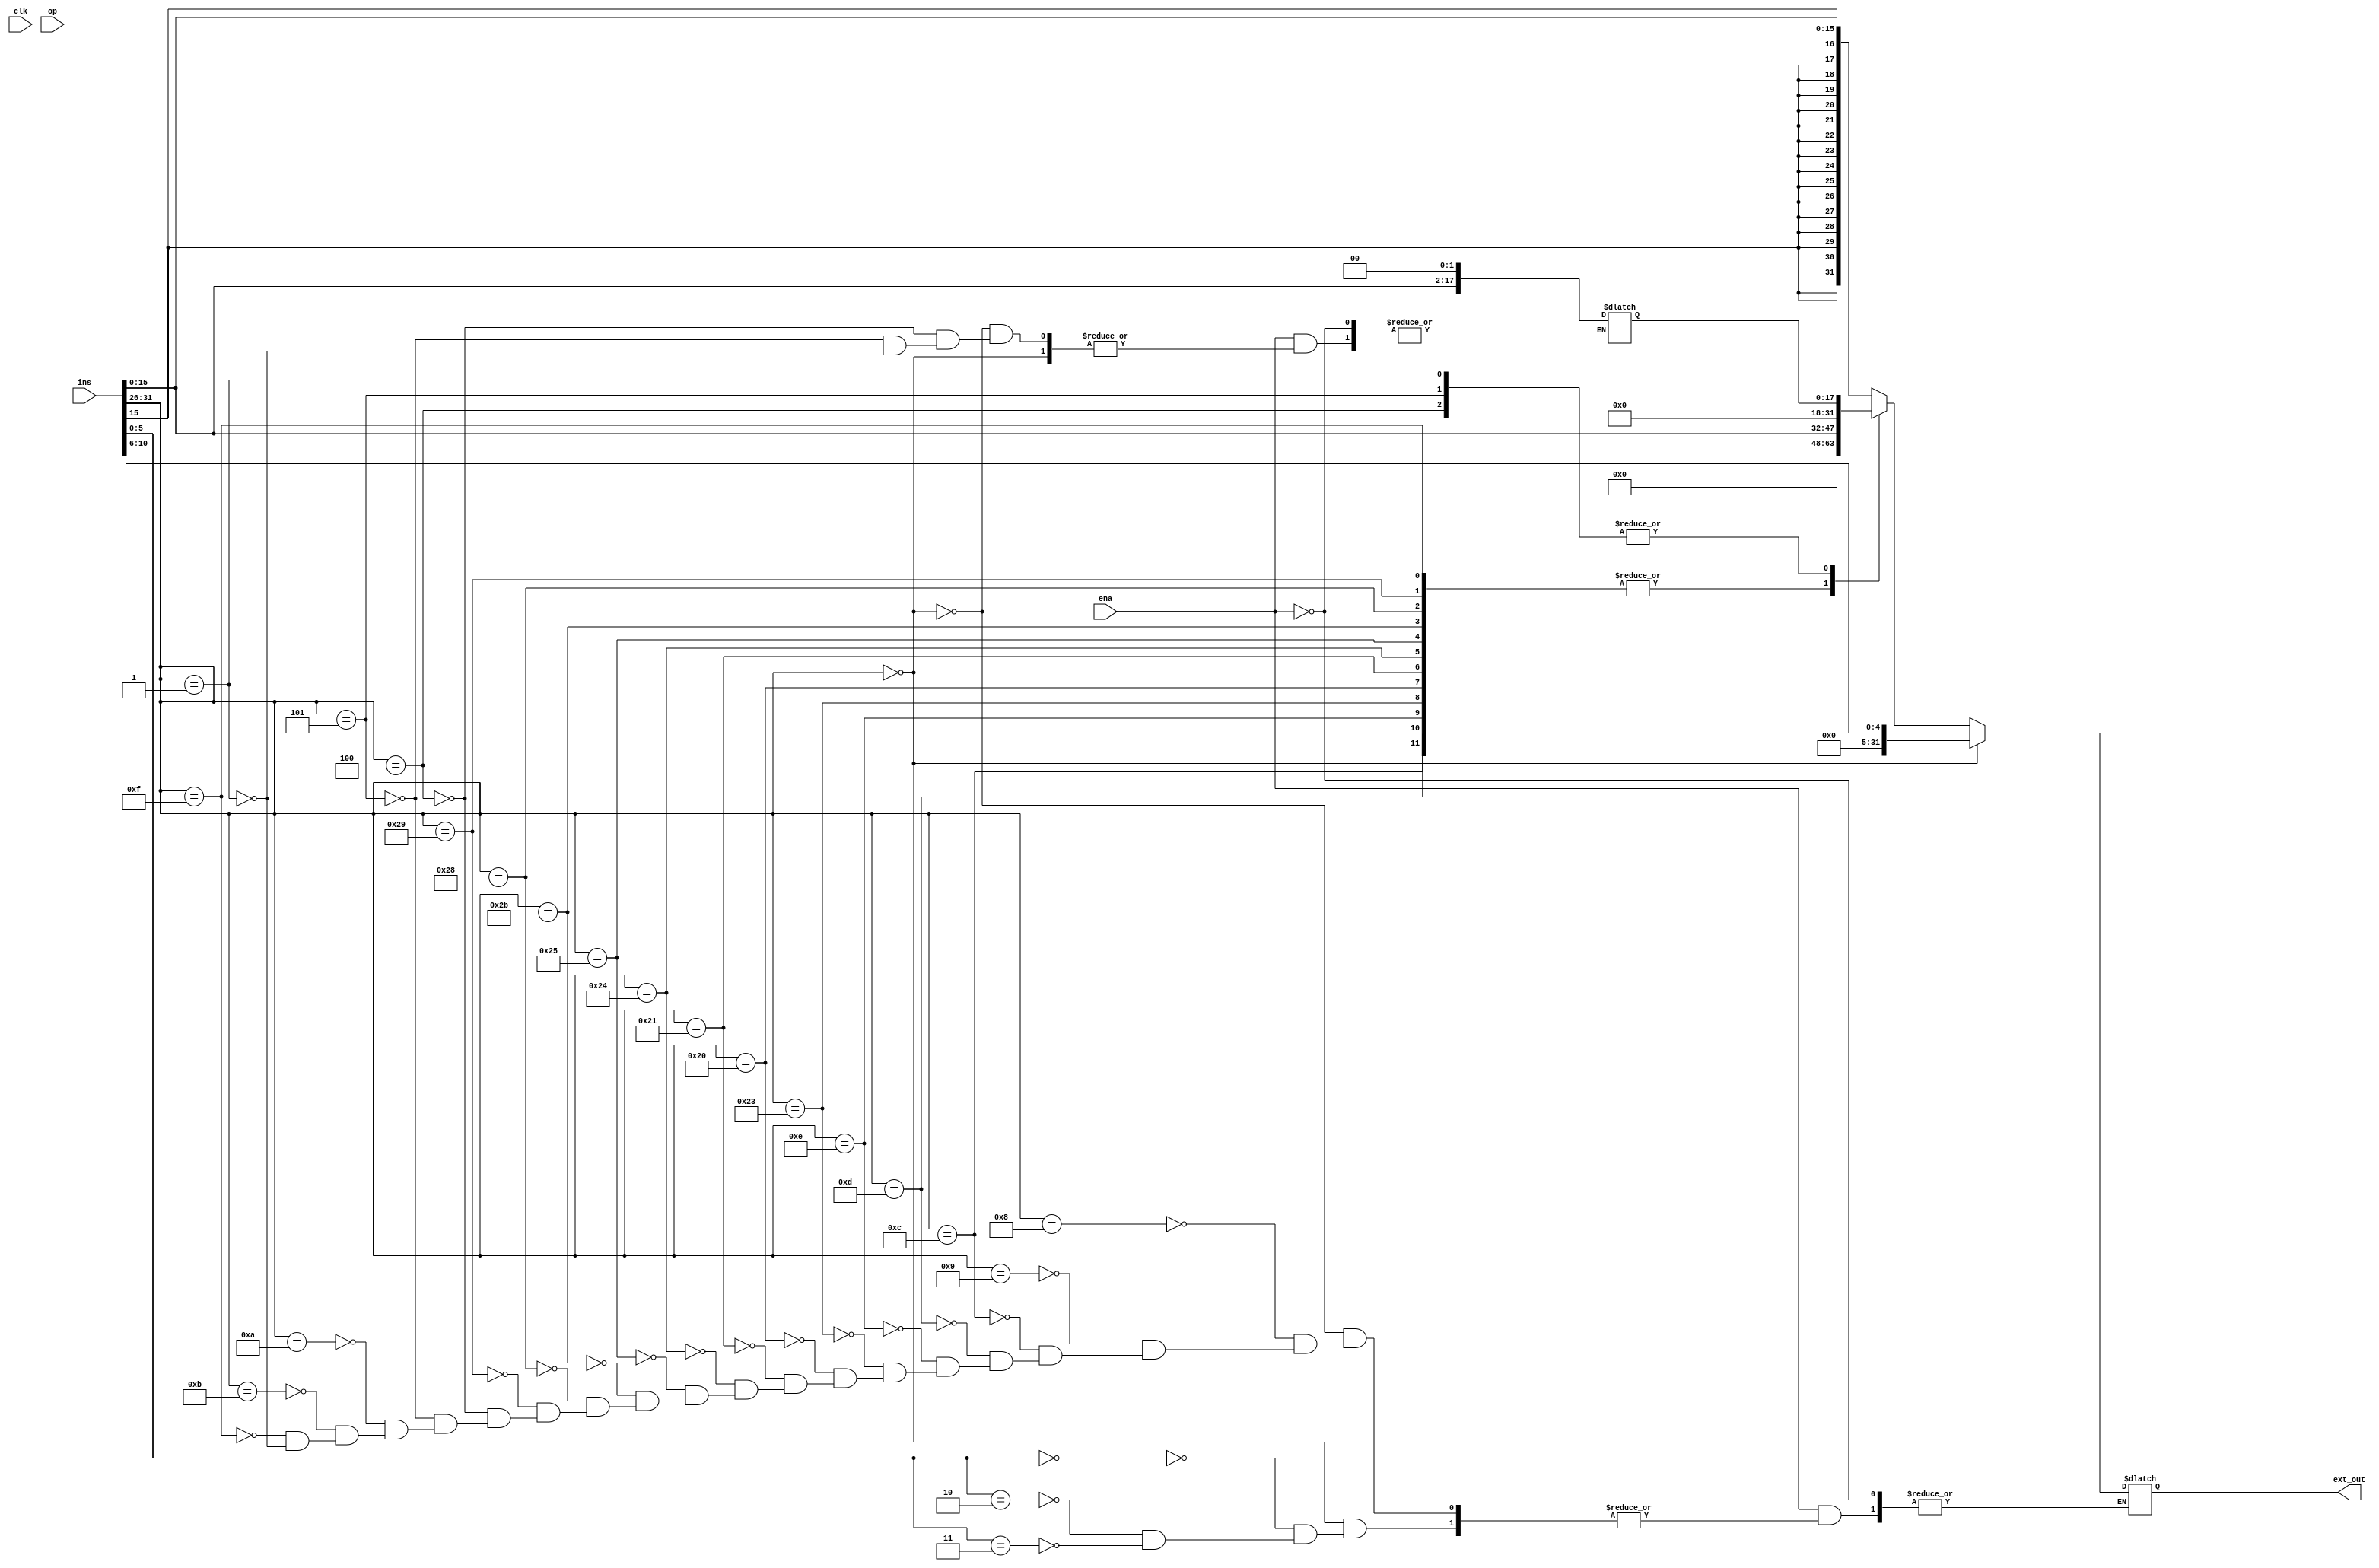
`timescale 1ns / 1ps
//////////////////////////////////////////////////////////////////////////////////
// Company: 
// Engineer: 
// 
// Design Name: 
// Module Name: EXT
// Project Name: 
// Target Devices: 
// Tool Versions: 
// Description: 
// 
// Dependencies: 
// 
// Revision:
// Revision 0.01 - File Created
// Additional Comments:
// 
//////////////////////////////////////////////////////////////////////////////////


module EXT(
    input clk,
    input ena,
    input [5:0]op,
    input [31:0]ins,
    output reg [31:0]ext_out
    );

    reg [17:0]tmp;

    always @(*)begin
        if(ena)begin
            if(ins[31:26]==6'b00_0000)begin
                case(ins[5:0])
                    6'b10_0000:begin
                        //op=ADD;
                    end
                    6'b10_0001:begin
                        //op=ADDU;
                    end
                    6'b10_0010:begin
                        //op=SUB;
                    end
                    6'b10_0011:begin
                        //op=SUBU;
                    end
                    6'b10_0100:begin
                        //op=AND;
                    end
                    6'b10_0101:begin
                        //op=OR;
                    end
                    6'b10_0110:begin
                        //op=XOR;
                    end
                    6'b10_0111:begin
                        //op=NOR;
                    end
                    6'b10_1010:begin
                        //op=SLT;
                    end
                    6'b10_1011:begin
                        //op=SLTU;
                    end
                    6'b00_0000:begin
                        //op=SLL;
                        ext_out<=$unsigned(ins[10:6]);
                    end
                    6'b00_0010:begin
                        //op=SRL;
                        ext_out<=$unsigned(ins[10:6]);
                    end
                    6'b00_0011:begin
                        //op=SRA;
                        ext_out<=$unsigned(ins[10:6]);
                    end
                    6'b00_0100:begin
                        //op=SLLV;
                    end
                    6'b00_0110:begin
                        //op=SRLV;
                    end
                    6'b00_0111:begin
                        //op=SRAV;
                    end
                    6'b00_1000:begin
                        //op=JR;
                    end
                endcase
            end
            else begin
                case(ins[31:26])
                    6'b00_1000:begin
                        //op=ADDI;
                        ext_out<=$signed(ins[15:0]);
                    end
                    6'b00_1001:begin
                        //op=ADDIU;
                        ext_out<=$signed(ins[15:0]);
                    end
                    6'b00_1100:begin
                        //op=ANDI;
                        ext_out<=$unsigned(ins[15:0]);
                    end
                    6'b00_1101:begin
                        //op=ORI;
                        ext_out<=$unsigned(ins[15:0]);
                    end
                    6'b00_1110:begin
                        //op=XORI;
                        ext_out<=$unsigned(ins[15:0]);
                    end
                    6'b10_0011:begin
                        //op=LW;
                        ext_out<=$unsigned(ins[15:0]);
                    end
                    6'b10_0000:begin
                        //op=LB;
                        ext_out<=$unsigned(ins[15:0]);
                    end
                    6'b10_0001:begin
                        //op=LH;
                        ext_out<=$unsigned(ins[15:0]);
                    end
                    6'b10_0100:begin
                        //op=LBU;
                        ext_out<=$unsigned(ins[15:0]);
                    end
                    6'b10_0101:begin
                        //op=LHU;
                        ext_out<=$unsigned(ins[15:0]);
                    end
                    6'b10_1011:begin
                        //op=SW;
                        ext_out<=$unsigned(ins[15:0]);
                    end
                    6'b10_1000:begin
                        //op=SB;
                        ext_out<=$unsigned(ins[15:0]);
                    end
                    6'b10_1001:begin
                        //op=SH;
                        ext_out<=$unsigned(ins[15:0]);
                    end
                    6'b00_0100:begin
                        //op=BEQ;
                        tmp<={ins[15:0],2'b00};
                        ext_out<=$unsigned(tmp);
                    end
                    6'b00_0101:begin
                        //op=BNE;
                        tmp<={ins[15:0],2'b00};
                        ext_out<=$unsigned(tmp);
                    end
                    6'b00_1010:begin
                        //op=SLTI;
                        ext_out<=$signed(ins[15:0]);
                    end
                    6'b00_1011:begin
                        //op=SLTIU;
                        ext_out<=$signed(ins[15:0]);
                    end
                    6'b00_1111:begin
                        //op=LUI;
                        ext_out<=$unsigned(ins[15:0]);
                    end
                    6'b00_0010:begin
                        //op=J;
                    end
                    6'b00_0011:begin
                        //op=JAI;
                    end
                    6'b00_0001:begin
                        //op=bgez
                        tmp<={ins[15:0],2'b00};
                        ext_out<=$unsigned(tmp);
                    end
                endcase
            end
        end
    end
    

endmodule